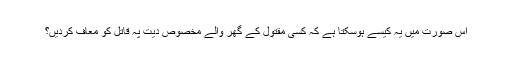
اس صورت میں یہ کیسے ہوسکتا ہے کہ کسی مقتول کے گھر والے مخصوص دیت پہ قاتل کو معاف کردیں؟